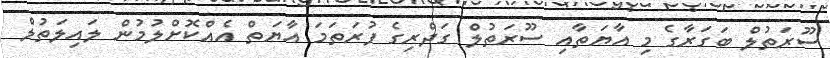
ސޫރަތުލް ބަގަރާގެ މި އާޔަތާއި ސޫރަތުލް ގަދްރިގެ ފުރަތަމަ އާޔަތް އެއްކޮށްލުމުން ލައިލަތުލް